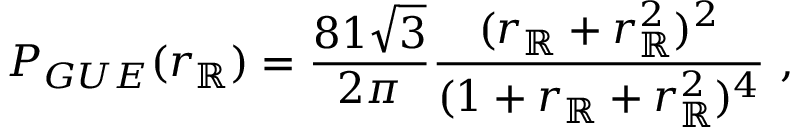
{ P _ { G U E } } ( r _ { \mathbb { R } } ) = \frac { 8 1 \sqrt { 3 } } { 2 \pi } \frac { ( r _ { \mathbb { R } } + r _ { \mathbb { R } } ^ { 2 } ) ^ { 2 } } { ( 1 + r _ { \mathbb { R } } + r _ { \mathbb { R } } ^ { 2 } ) ^ { 4 } } \ ,